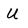
Character: U